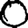
Digit: 0